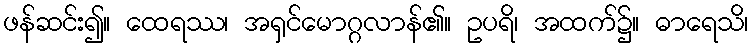
ဖန်ဆင်း၍။ ထေရဿ၊ အရှင်မောဂ္ဂလာန်၏။ ဥပရိ၊ အထက်၌။ ဓာရေသိ၊